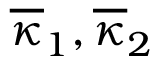
\overline { { \kappa } } _ { 1 } , \overline { { \kappa } } _ { 2 }